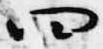
四